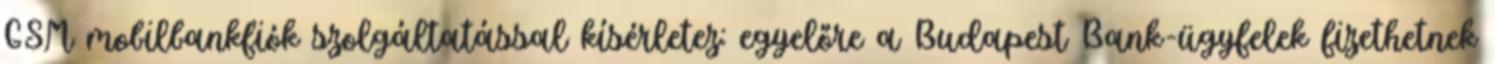
GSM mobilbankfiók szolgáltatással kísérletez: egyelőre a Budapest Bank-ügyfelek fizethetnek